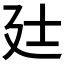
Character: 𫸑